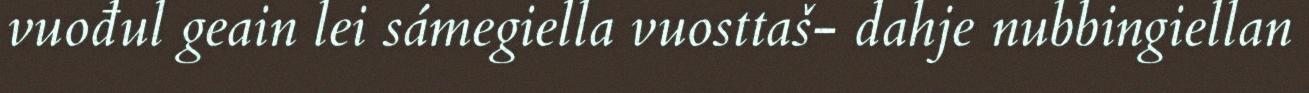
vuođul geain lei sámegiella vuosttaš- dahje nubbingiellan